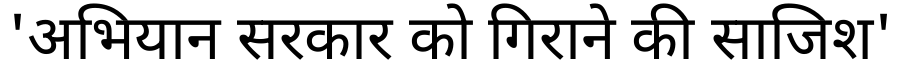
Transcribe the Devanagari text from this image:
'अभियान सरकार को गिराने की साजिश'